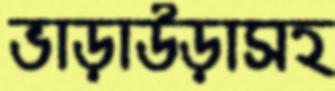
ভাড়াউড়াসহ